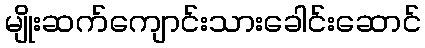
မျိုးဆက်ကျောင်းသားခေါင်းဆောင်